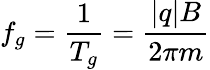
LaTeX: f_{g}={\frac{1}{T_{g}}}={\frac{|q|B}{2\pi m}}